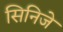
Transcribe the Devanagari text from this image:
सिनिजे